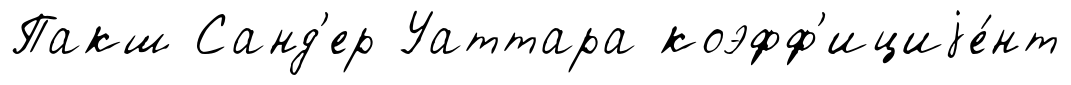
Пакш Санд'ер Уаттара коэфф'ициjе́нт